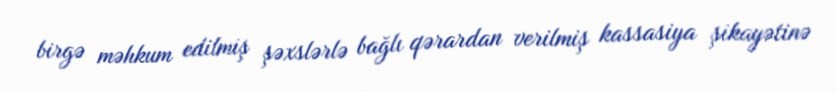
birgə məhkum edilmiş şəxslərlə bağlı qərardan verilmiş kassasiya şikayətinə